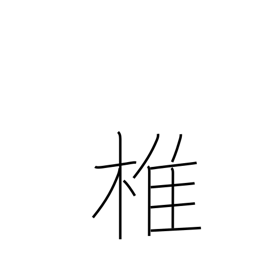
Meaning: spine